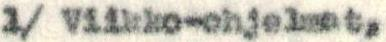
1/ Viikko-ohjelmat,